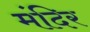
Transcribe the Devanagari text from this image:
मंंदिर